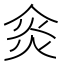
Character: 𠊌